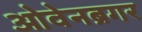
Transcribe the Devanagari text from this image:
ओवेनब्रगर